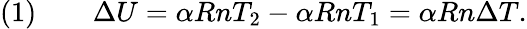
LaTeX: {\mathrm{(1)}}\qquad\Delta U=\alpha RnT_{2}-\alpha RnT_{1}=\alpha Rn\Delta T.